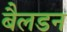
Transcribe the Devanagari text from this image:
बैलडन